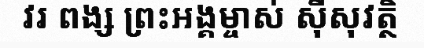
វរ ពង្ស ព្រះអង្គម្ចាស់ ស៊ីសុវត្ថិ